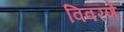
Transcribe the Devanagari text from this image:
विवरणे